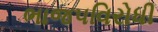
ભાજપવિરોધી